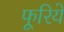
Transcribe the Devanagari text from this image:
फूरिये